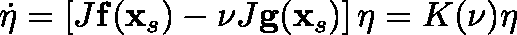
\dot { \mathbf { \eta } } = \left[ J \mathbf { f } ( \mathbf { x } _ { s } ) - \nu J \mathbf { g } ( \mathbf { x } _ { s } ) \right] \mathbf { \eta } = K ( \nu ) \mathbf { \eta }